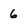
Character: 6